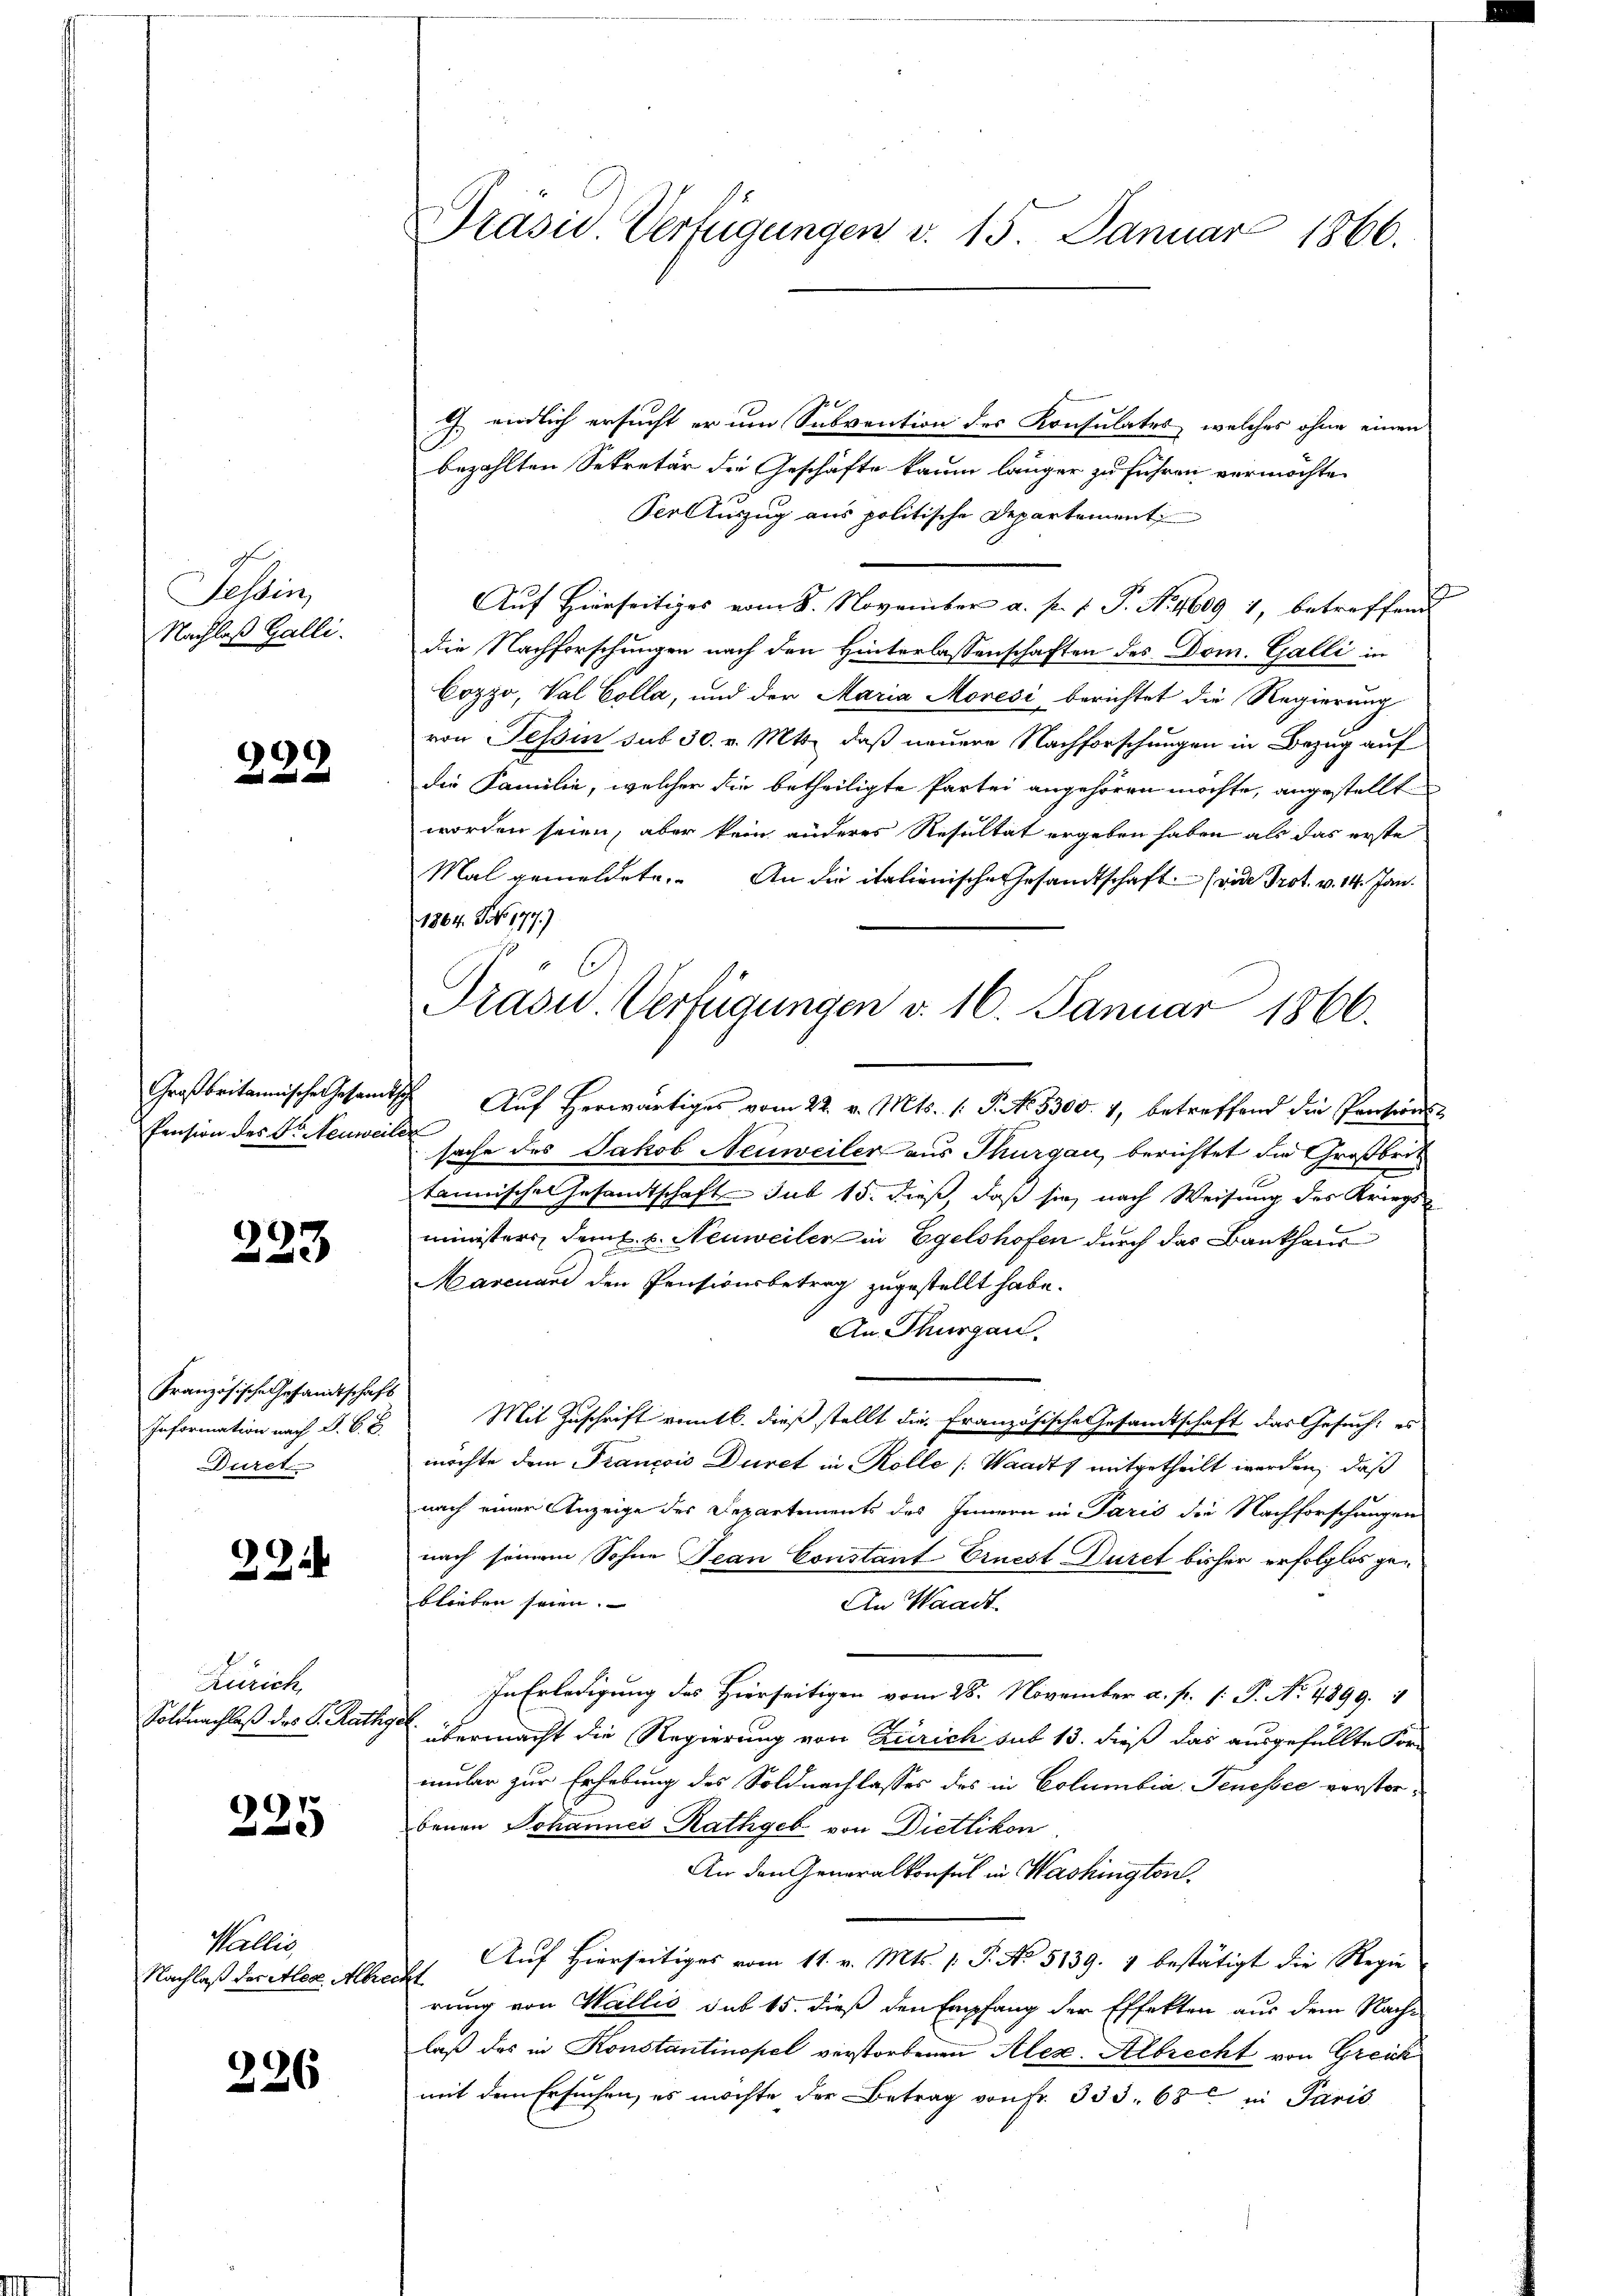
d
Tessin,
Nachlaß Galli.

339.

Pension des Dr. Neuweiler

223

Französische Gesandtschaft
Information nach G. B. B.
Durch

22

Zeit
Soldnachlaß des C. Rathger

225

Wallis,
Nachlaß der Alex Albrecht

226

endlich ersucht er um Subvention des Konsulates, welches ohne einen
bezahlten Sekretär die Geschäfte kaum länger zu führen vermöchte.
Per Auszug aus politische Departement
Auf Hierseitiges vom 8. November a. p. 1. J. N. 4609 1, betreffend
die Nachforschungen nach den Hinterlassenschaften des Dom. Galli in
Cozzo, Val Colla, und der Maria Moresi berichtet die Regierung
von Tessin sub 30. v. Mts., daß neuere Nachforschungen in Bezug auf
die Familie, welcher die betheiligte Partei angehören möchte, angestellt
worden seien, aber kein anderes Resultat ergeben haben als das erste
Mal gemeldete. An die italienische Gesandtschaft (vide Prot. v. 14. Jan.
1864. Feb. 177.)
Großbritannische Gesamtsche Auf herwärtiges vom 22. v. Mts. 1. P. No 3300. 4, betreffend die Pensionssache des Jakob Neuweiler aus Thurgau, berichtet die Großbrit
tannischen Gesamtschaft sub 15. dieß, daß sie nach Weisung des Kriegs-
ministers dem E. u. Neuweiler in Egelshofen durch das Bankhaus
Marcuard den Pensionsbetrag zugestellt habe.
An Thurgau.
Mit Zuschrift vomtb. dieß stellt die Französische Gesandtschaft das Gesuch: es
möchte dem Francois Durch in Kolle [Waadt, mitgetheilt werden, daß
nach einer Anzeige des Departements des Innern in Paris die Nachforschungen
nach seinem Sohne Jean Constant Ernest Duret bisher erfolglos geblieben seien.
An Waadt.
In Erledigung des Hierseitigen vom 28. November a. p. 1: P. No. 4899.
übermacht die Regierung von Zürich sub 13. dieß das ausgefüllte For-
mular zur Erhebung des Soldnachlasses des in Columbia Jenissee verstorbenen Johannes Rathgeb von Dietlikon.
An den Generalkonsul in Washington
Auf Hierseitiges vom 11. v. Mts. 1. P. No 5139. 4 bestätigt die Regie
rung von Wallis sub 15. dieß den Empfang der Effekten aus dem Nach-
laß das in Konstantinopel verstorbenen Alex. Albrecht von Greik
mit dem Ersuchen, es möchte der Betrag von Fr. 333. 68 in Paris

Präsid. Verfügungen v. 15. Januar 1866.

.
Trasu. Verfügungen d. 16. Januar 1866.